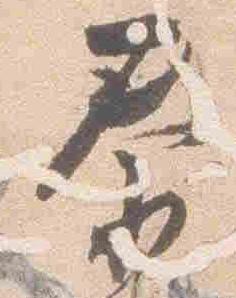
泰